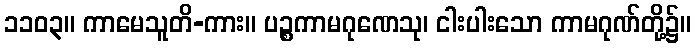
၁၁၀၃။ ကာမေသူတိ-ကား။ ပဉ္စကာမဂုဏေသု၊ ငါးပါးသော ကာမဂုဏ်တို့၌။